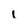
Character: l